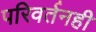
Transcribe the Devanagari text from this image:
परिवर्तनही